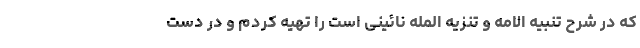
که در شرح تنبیه الامه و تنزیه المله نائینی است را تهیه کردم و در دست